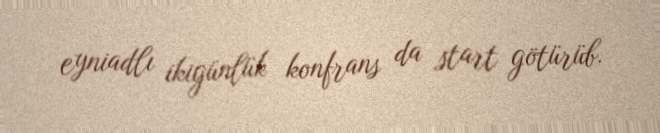
eyniadlı ikigünlük konfrans da start götürüb.